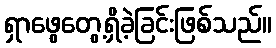
ရှာဖွေတွေ့ရှိခဲ့ခြင်းဖြစ်သည်။